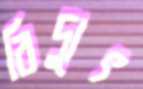
বিদ্যুৎ